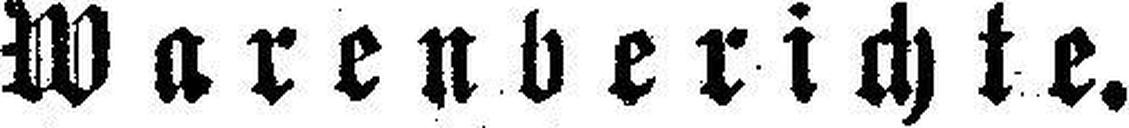
Warenberichte.